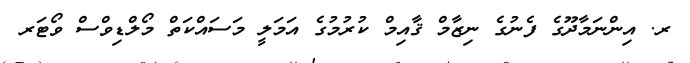
ރ. އިންނަމާދޫގެ ފެނުގެ ނިޒާމް ޤާއިމް ކުރުމުގެ އަމަލީ މަސައްކަތް މޯލްޑިވްސް ވޯޓަރ